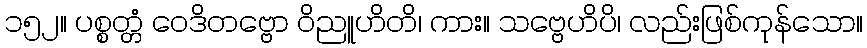
၁၅၂။ ပစ္စတ္တံ ဝေဒိတဗ္ဗော ဝိညူဟိတိ၊ ကား။ သဗ္ဗေဟိပိ၊ လည်းဖြစ်ကုန်သော။